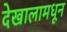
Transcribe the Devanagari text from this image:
देखालामधून